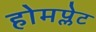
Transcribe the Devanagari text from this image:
होमप्लेट